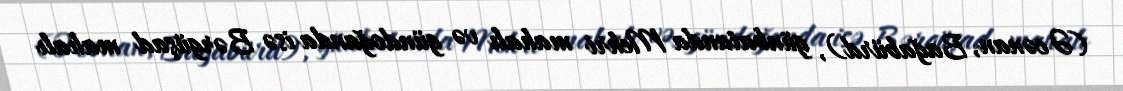
(Əcənan, Bağabürd), günbatanda Mehri mahalı və gündoğanda isə Bərgüşad mahalı